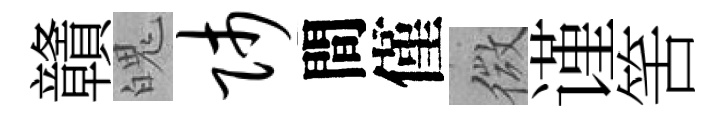
贛魄师間僅微谨筈